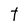
Character: t